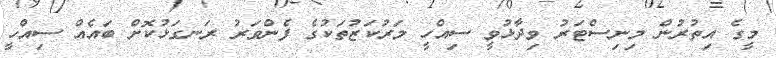
މީގެ އިތުރުން މިނިސްޓަރު ވިދާޅުވީ ސިއްހީ މަރުކަޒުތަކުގެ ފެންވަރު ރަނގަޅުކޮށް ބައެއް ސިއްހީ